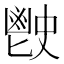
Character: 𩰡